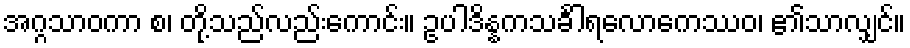
အဂ္ဂသာဝကာ စ၊ တို့သည်လည်းကောင်း။ ဥပါဒိန္နကသင်္ခါရလောကေဿဝ၊ ၏သာလျှင်။